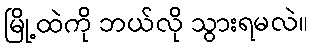
မြို့ထဲကို ဘယ်လို သွားရမလဲ။